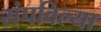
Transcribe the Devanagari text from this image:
संपविल्या